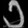
Digit: ၁